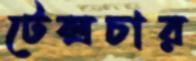
টেক্সচার